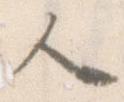
人